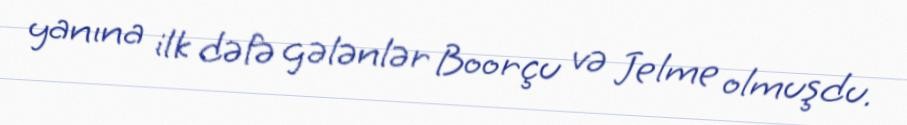
yanına ilk dəfə gələnlər Boorçu və Jelme olmuşdu.